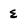
Character: e